Civil Veterinary Department. Madras. Admin. report 1910-25 - 1910-1925
Year: 1910
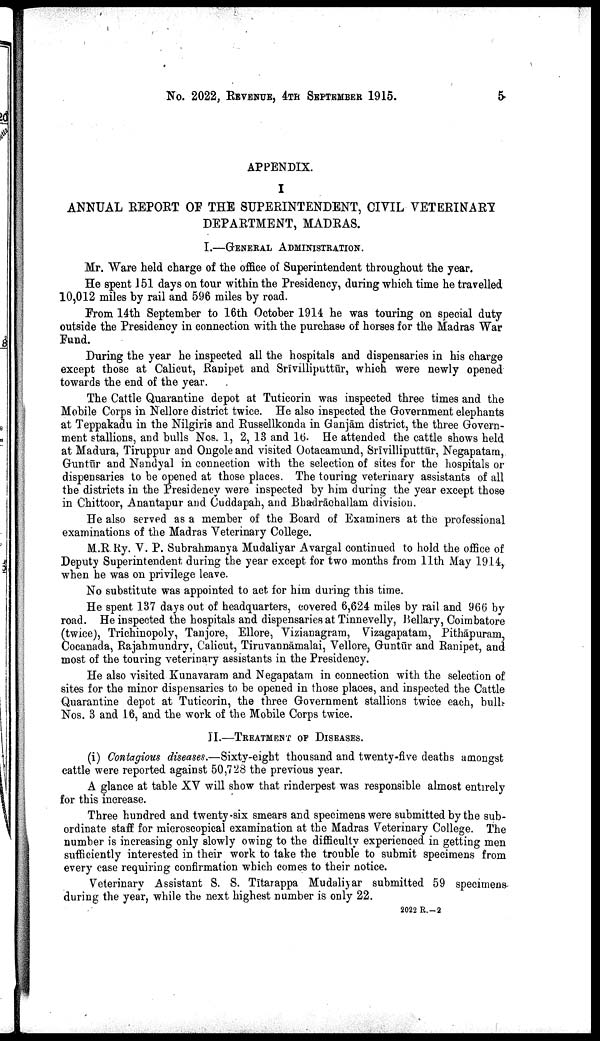
No. 2022, REVENUE , 4TH SEPTEMBER 1915.
5
APPENDIX.
I
ANNUAL REPORT OF THE SUPERINTENDENT, CIVIL VETERINARY
DEPARTMENT, MADRAS.
I.—GENERAL ADMINISTRATION.
Mr. Ware held charge of the office of Superintendent throughout the year.
He spent 151 days on tour within the Presidency, during which time he travelled
10,012 miles by rail and 596 miles by road.
From 14th September to 16th October 1914 he was touring on special duty
outside the Presidency in connection with the purchase of horses for the Madras War
Fund.
During the year he inspected all the hospitals and dispensaries in his charge
except those at Calicut, Ranipet and Srīvilliputtūr, which were newly opened
towards the end of the year.
The Cattle Quarantine depot at Tuticorin was inspected three times and the
Mobile Corps in Nellore district twice. He also inspected the Government elephants
at Teppakadu in the Nilgiris and Russellkonda in Ganjām district, the three Govern
ment stallions, and bulls Nos. 1, 2, 13 and 16. He attended the cattle shows held
at Madura, Tiruppur and Ongole and visited Ootacamund, Srīvilliputtūr, Negapatam,
Guntūr and Nandyal in connection with the selection of sites for the hospitals or
dispensaries to be opened at those places. The touring veterinary assistants of all
the districts in the Presidency were inspected by him during the year except those
in Chittoor, Anantapur and Cuddapah, and Bhadrāchallam division.
He also served as a member of the Board of Examiners at the professional
examinations of the Madras Veterinary College.
M.R. Ry. V. P. Subrahmanya Mudaliyar Avargal continued to hold the office of
Deputy Superintendent during the year except for two months from 11th May 1914,
when he was on privilege leave.
No substitute was appointed to act for him during this time.
He spent 137 days out of headquarters, covered 6,624 miles by rail and 966 by
road. He inspected the hospitals and dispensaries at Tinnevelly, Bellary, Coimbatore
(twice), Trichinopoly, Tanjore, Ellore, Vizianagram, Vizagapatam, Pithāpuram,
Cocanada, Rajahmundry, Calicut, Tiruvannāmalai, Vellore, Guntūr and Ranipet, and
most of the touring veterinary assistants in the Presidency.
He also visited Kunavaram and Negapatam in connection with the selection of
sites for the minor dispensaries to be opened in those places, and inspected the Cattle
Quarantine depot at Tuticorin, the three Government stallions twice each, bulls
Nos. 3 and 16, and the work of the Mobile Corps twice.
II.—TREATMENT OF DISEASES.
(i) Contagious diseases.—Sixty-eight thousand and twenty-five deaths amongst
cattle were reported against 50,728 the previous year.
A glance at table XV will show that rinderpest was responsible almost entirely
for this increase.
Three hundred and twenty-six smears and specimens were submitted by the sub
ordinate staff for microscopical examination at the Madras Veterinary College. The
number is increasing only slowly owing to the difficulty experienced in getting men
sufficiently interested in their work to take the trouble to submit specimens from
every case requiring confirmation which comes to their notice.
Veterinary Assistant S. S. Tītarappa Mudaliyar submitted 59 specimens
during the year, while the next highest number is only 22.
2022 R.––2